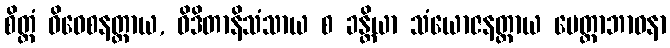
စိတ္တံ ဝိဝေစနတ္ထာယ, ဝိဒိတာနိသံသာယ စ ခန္တိယာ သံယောဇနတ္ထာယ မေတ္တာဘာဝနာ